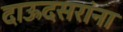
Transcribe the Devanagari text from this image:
दाऊदसरांना